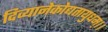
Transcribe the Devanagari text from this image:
दिव्यानेकोद्यतायुधम्‌।।